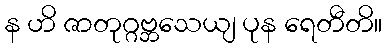
န ဟိ ဇာတုဂ္ဂဗ္ဘသေယျ ပုန ရေတီတိ။